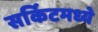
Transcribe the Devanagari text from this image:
सर्किटमध्ये